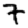
Digit: 7